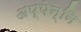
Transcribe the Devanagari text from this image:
अप्पेन्नि